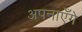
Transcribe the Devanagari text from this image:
अपनाएँगे